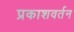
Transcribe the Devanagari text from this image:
प्रकाशवर्तन